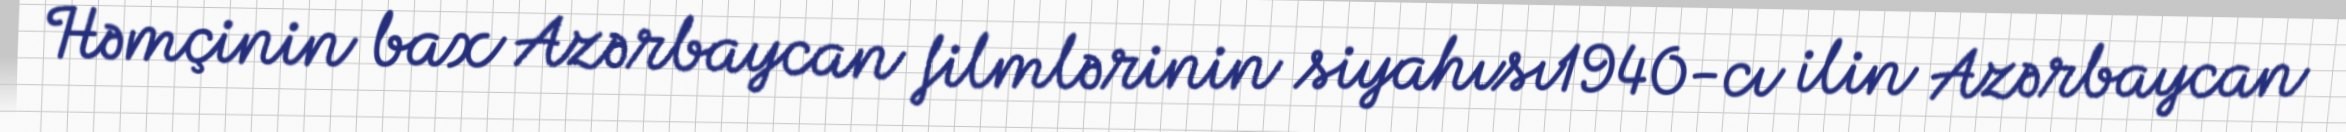
Həmçinin bax Azərbaycan filmlərinin siyahısı1940-cı ilin Azərbaycan